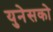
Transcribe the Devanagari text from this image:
युनेसको